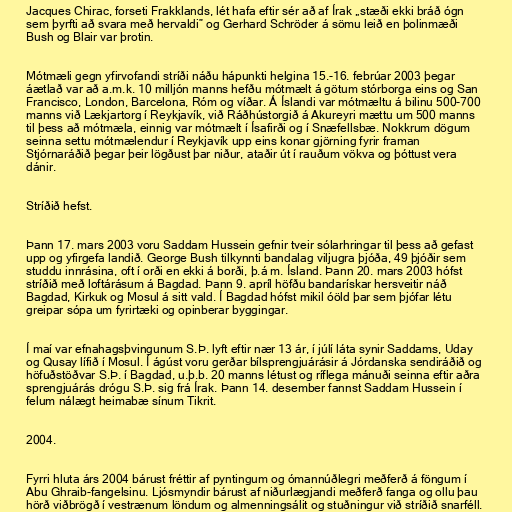
Jacques Chirac, forseti Frakklands, lét hafa eftir sér að af Írak „stæði ekki bráð ógn
sem þyrfti að svara með hervaldi” og Gerhard Schröder á sömu leið en þolinmæði
Bush og Blair var þrotin.

Mótmæli gegn yfirvofandi stríði náðu hápunkti helgina 15.-16. febrúar 2003 þegar
áætlað var að a.m.k. 10 milljón manns hefðu mótmælt á götum stórborga eins og San
Francisco, London, Barcelona, Róm og víðar. Á Íslandi var mótmæltu á bilinu 500-700
manns við Lækjartorg í Reykjavík, við Ráðhústorgið á Akureyri mættu um 500 manns
til þess að mótmæla, einnig var mótmælt í Ísafirði og í Snæfellsbæ. Nokkrum dögum
seinna settu mótmælendur í Reykjavík upp eins konar gjörning fyrir framan
Stjórnaráðið þegar þeir lögðust þar niður, ataðir út í rauðum vökva og þóttust vera
dánir.

Stríðið hefst.

Þann 17. mars 2003 voru Saddam Hussein gefnir tveir sólarhringar til þess að gefast
upp og yfirgefa landið. George Bush tilkynnti bandalag viljugra þjóða, 49 þjóðir sem
studdu innrásina, oft í orði en ekki á borði, þ.á m. Ísland. Þann 20. mars 2003 hófst
stríðið með loftárásum á Bagdad. Þann 9. apríl höfðu bandarískar hersveitir náð
Bagdad, Kirkuk og Mosul á sitt vald. Í Bagdad hófst mikil óöld þar sem þjófar létu
greipar sópa um fyrirtæki og opinberar byggingar.

Í maí var efnahagsþvingunum S.Þ. lyft eftir nær 13 ár, í júlí láta synir Saddams, Uday
og Qusay lífið í Mosul. Í ágúst voru gerðar bílsprengjuárásir á Jórdanska sendiráðið og
höfuðstöðvar S.Þ. í Bagdad, u.þ.b. 20 manns létust og ríflega mánuði seinna eftir aðra
sprengjuárás drógu S.Þ. sig frá Írak. Þann 14. desember fannst Saddam Hussein í
felum nálægt heimabæ sínum Tikrit.

2004.

Fyrri hluta árs 2004 bárust fréttir af pyntingum og ómannúðlegri meðferð á föngum í
Abu Ghraib-fangelsinu. Ljósmyndir bárust af niðurlægjandi meðferð fanga og ollu þau
hörð viðbrögð í vestrænum löndum og almenningsálit og stuðningur við stríðið snarféll.